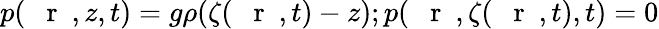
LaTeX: p(\mathrm{~{~\mathbf~r~}~},z,t)=g\rho(\zeta(\mathrm{~{~\mathbf~r~}~},t)-z);p(\mathrm{~{~\mathbf~r~}~},\zeta(\mathrm{~{~\mathbf~r~}~},t),t)=0